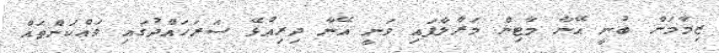
ޒިމާމަން ބުނީ އޭނާ މާޓިން މަރާލާފައި ވަނީ އޭނާ ދިރިއުޅޭ ސަރަހައްދުގައި ވައްކަންތައް